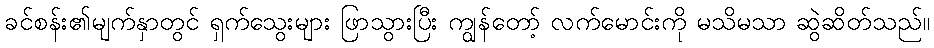
ခင်စန်း၏မျက်နှာတွင် ရှက်သွေးများ ဖြာသွားပြီး ကျွန်တော့် လက်မောင်းကို မသိမသာ ဆွဲဆိတ်သည်။